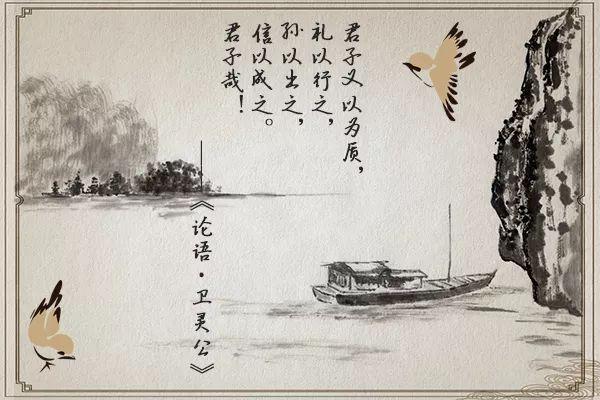
信，国之宝也，民之所庇也